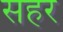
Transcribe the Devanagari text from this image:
सहर